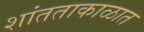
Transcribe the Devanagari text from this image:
शांतताकाळात